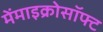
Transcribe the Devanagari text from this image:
मेंमाइक्रोसॉफ्ट